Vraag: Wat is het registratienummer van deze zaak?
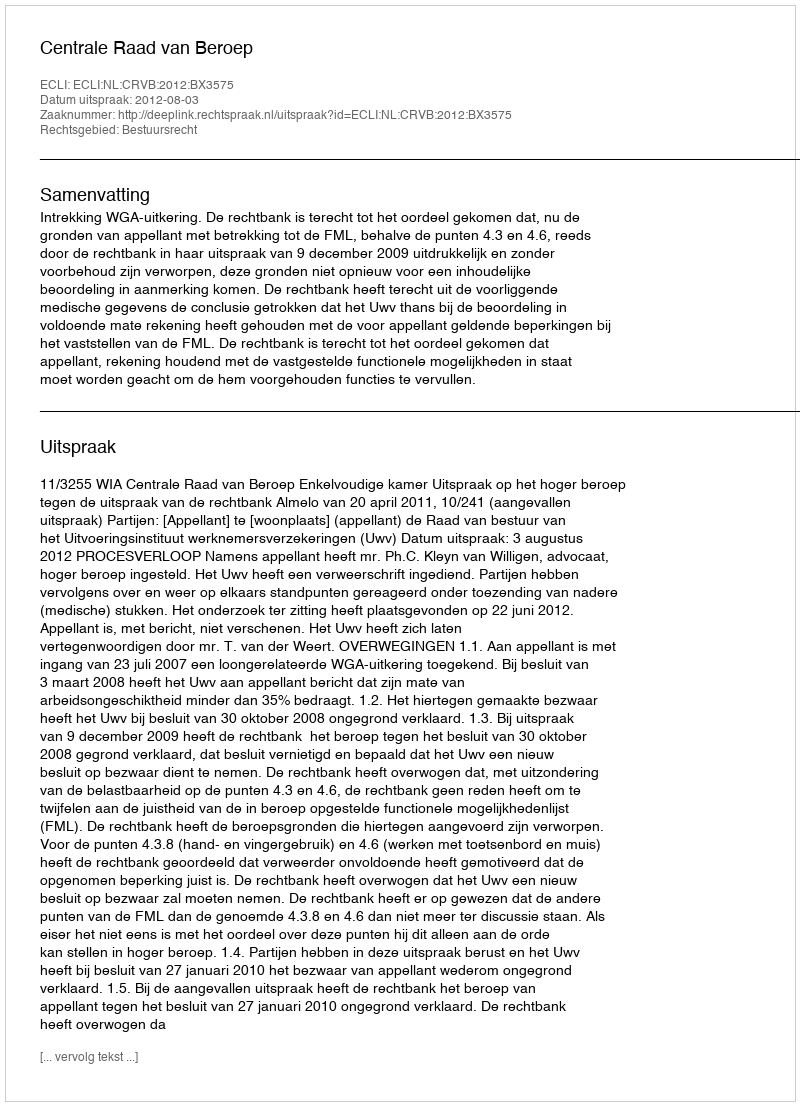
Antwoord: http://deeplink.rechtspraak.nl/uitspraak?id=ECLI:NL:CRVB:2012:BX3575